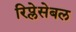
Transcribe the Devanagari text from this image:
रिप्लेसेबल